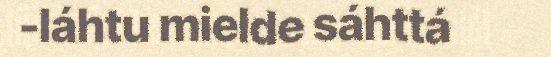
-láhtu mielde sáhttá